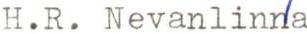
H.R. Nevanlinna